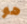
هو